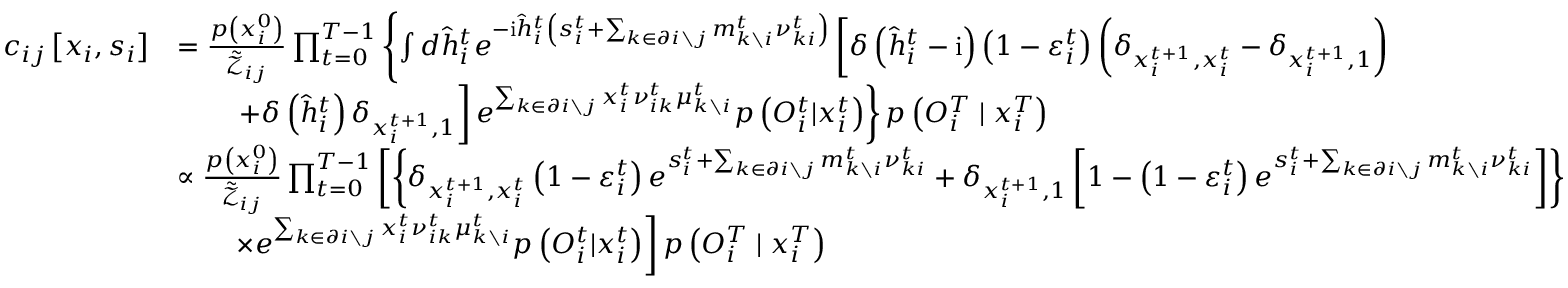
\begin{array} { r l } { c _ { i j } \left[ \boldsymbol { x } _ { i } , \boldsymbol { s } _ { i } \right] } & { = \frac { p \left( x _ { i } ^ { 0 } \right) } { \tilde { \mathcal { Z } } _ { i j } } \prod _ { t = 0 } ^ { T - 1 } \left\{ \int d \hat { h } _ { i } ^ { t } e ^ { - \mathrm { i } \hat { h } _ { i } ^ { t } \left( s _ { i } ^ { t } + \sum _ { k \in \partial i \setminus j } m _ { k \setminus i } ^ { t } \nu _ { k i } ^ { t } \right) } \left[ \delta \left( \hat { h } _ { i } ^ { t } - \mathrm { i } \right) \left( 1 - \varepsilon _ { i } ^ { t } \right) \left( \delta _ { x _ { i } ^ { t + 1 } , x _ { i } ^ { t } } - \delta _ { x _ { i } ^ { t + 1 } , 1 } \right) \right. \right. } \\ & { \qquad \left. \left. + \delta \left( \hat { h } _ { i } ^ { t } \right) \delta _ { x _ { i } ^ { t + 1 } , 1 } \right] e ^ { \sum _ { k \in \partial i \setminus j } x _ { i } ^ { t } \nu _ { i k } ^ { t } \mu _ { k \setminus i } ^ { t } } p \left( { O } _ { i } ^ { t } | x _ { i } ^ { t } \right) \right\} p \left( { O } _ { i } ^ { T } \mid x _ { i } ^ { T } \right) } \\ & { \propto \frac { p \left( x _ { i } ^ { 0 } \right) } { \tilde { \mathcal { Z } } _ { i j } } \prod _ { t = 0 } ^ { T - 1 } \left[ \left\{ \delta _ { x _ { i } ^ { t + 1 } , x _ { i } ^ { t } } \left( 1 - \varepsilon _ { i } ^ { t } \right) e ^ { s _ { i } ^ { t } + \sum _ { k \in \partial i \setminus j } m _ { k \setminus i } ^ { t } \nu _ { k i } ^ { t } } + \delta _ { x _ { i } ^ { t + 1 } , 1 } \left[ 1 - \left( 1 - \varepsilon _ { i } ^ { t } \right) e ^ { s _ { i } ^ { t } + \sum _ { k \in \partial i \setminus j } m _ { k \setminus i } ^ { t } \nu _ { k i } ^ { t } } \right] \right\} \right. } \\ & { \qquad \left. \times e ^ { \sum _ { k \in \partial i \setminus j } x _ { i } ^ { t } \nu _ { i k } ^ { t } \mu _ { k \setminus i } ^ { t } } p \left( { O } _ { i } ^ { t } | x _ { i } ^ { t } \right) \right] p \left( { O } _ { i } ^ { T } \mid x _ { i } ^ { T } \right) } \end{array}